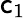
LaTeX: \mathsf{c}_{1}